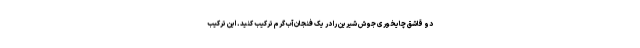
دو قاشق چایخوری جوش شیرین را در یک فنجان آب گرم ترکیب کنید. این ترکیب